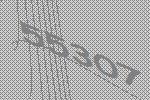
55307